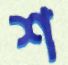
শ